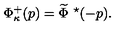
\Phi _ { \kappa } ^ { + } ( p ) = \widetilde { \Phi } \ ^ { \star } ( - p ) .